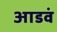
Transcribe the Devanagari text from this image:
आडवं